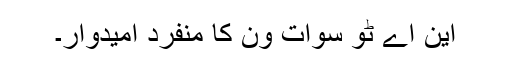
این اے ٹو سوات ون کا منفرد امیدوار۔